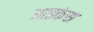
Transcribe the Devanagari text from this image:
आइकंस